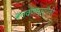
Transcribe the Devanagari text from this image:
बनवणार्‍यांपैकी